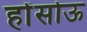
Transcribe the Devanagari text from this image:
होंसोऊ